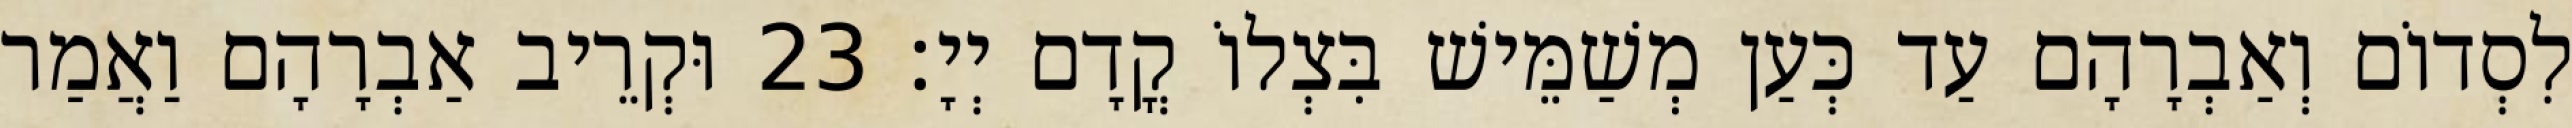
לִסְדוֹם וְאַבְרָהָם עַד כְּעַן מְשַׁמֵּישׁ בִּצְלוֹ קֳדָם יְיָ׃ 23 וּקְרֵיב אַבְרָהָם וַאֲמַר